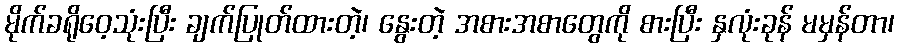
မိုက်ခရိုဝေ့သုံးပြီး ချက်ပြုတ်ထားတဲ့၊ နွေးတဲ့ အစားအစာတွေကို စားပြီး နှလုံးခုန် မမှန်တာ၊